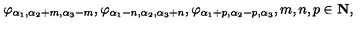
\varphi _ { \alpha _ { 1 } , \alpha _ { 2 } + m , \alpha _ { 3 } - m } , \varphi _ { \alpha _ { 1 } - n , \alpha _ { 2 } , \alpha _ { 3 } + n } , \varphi _ { \alpha _ { 1 } + p , \alpha _ { 2 } - p , \alpha _ { 3 } } , m , n , p \in \mathrm { \bf N } ,